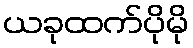
ယခုထက်ပိုမို